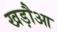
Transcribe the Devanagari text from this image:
खड़ौआ